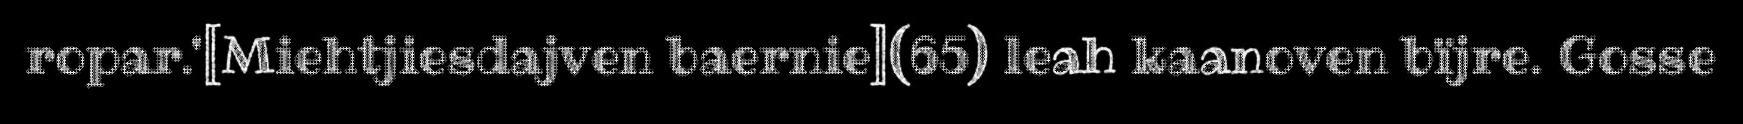
ropar.'[Miehtjiesdajven baernie](65) leah kaanoven bïjre. Gosse